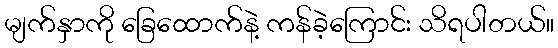
မျက်နှာကို ခြေထောက်နဲ့ ကန်ခဲ့ကြောင်း သိရပါတယ်။